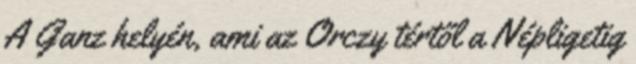
A Ganz helyén, ami az Orczy tértől a Népligetig